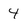
Character: 4